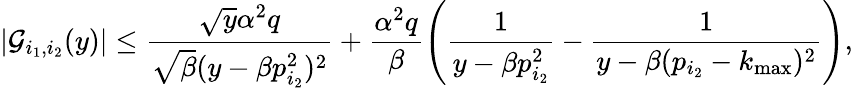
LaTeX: |{\cal G}_{i_{1},i_{2}}(y)|\leq{\frac{\sqrt{y}\alpha^{2}q}{\sqrt{\beta}(y-\beta p_{i_{2}}^{2})^{2}}}+\frac{\alpha^{2}q}{\beta}\left(\frac{1}{y-\beta p_{i_{2}}^{2}}-{\frac{1}{y-\beta(p_{i_{2}}-k_{\mathrm{max}})^{2}}}\right),